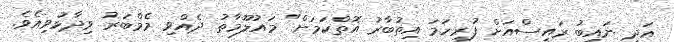
އަދި ނައިބު ރައީސްއަށް ފުރިހަމަ އިތުބާރު އޮތްކަމަށް" މައުލޫމާތު ދެއްވި މެމްބަރު ވިދާޅުވިއެވެ.